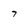
Character: 7